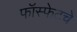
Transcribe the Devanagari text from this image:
फॉस्फेटचे